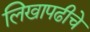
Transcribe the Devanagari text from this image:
लिखापढीचे